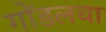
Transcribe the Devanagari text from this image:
गोंडलचा